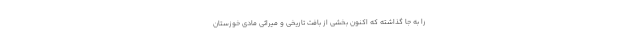
را به جا گذاشته که اکنون بخشی از بافتِ تاریخی و میراثیِ مادیِ خوزستان